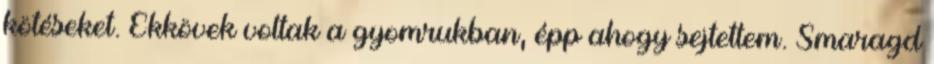
kötéseket. Ékkövek voltak a gyomrukban, épp ahogy sejtettem. Smaragd